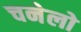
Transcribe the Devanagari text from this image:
चनेलो